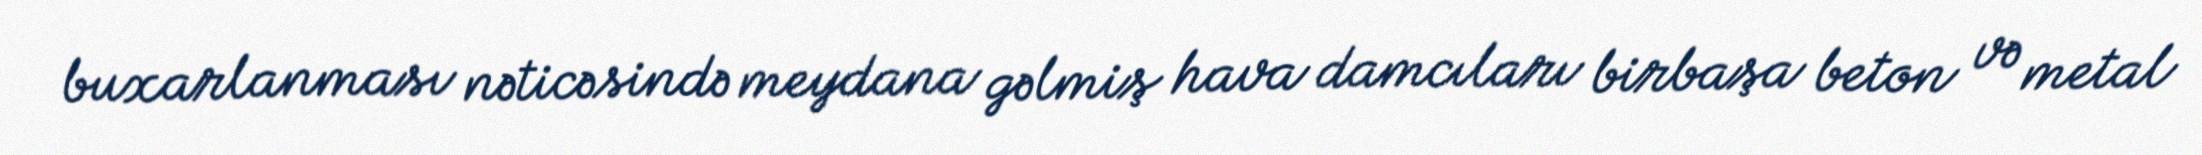
buxarlanması nəticəsində meydana gəlmiş hava damcıları birbaşa beton və metal